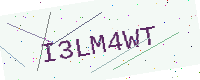
Text: I3LM4WT